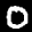
Label: 0